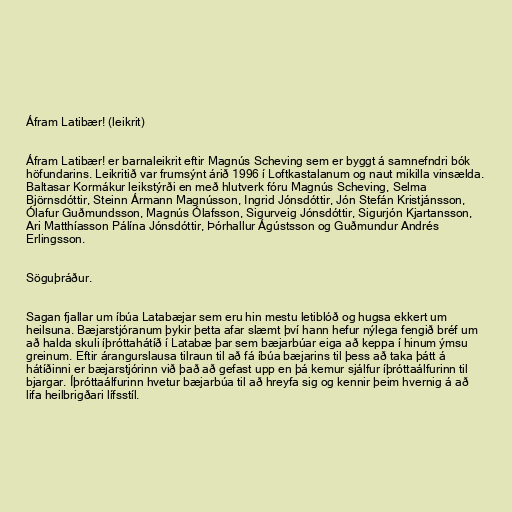
Áfram Latibær! (leikrit)

Áfram Latibær! er barnaleikrit eftir Magnús Scheving sem er byggt á samnefndri bók
höfundarins. Leikritið var frumsýnt árið 1996 í Loftkastalanum og naut mikilla vinsælda.
Baltasar Kormákur leikstýrði en með hlutverk fóru Magnús Scheving, Selma
Björnsdóttir, Steinn Ármann Magnússon, Ingrid Jónsdóttir, Jón Stefán Kristjánsson,
Ólafur Guðmundsson, Magnús Ólafsson, Sigurveig Jónsdóttir, Sigurjón Kjartansson,
Ari Matthíasson Pálína Jónsdóttir, Þórhallur Ágústsson og Guðmundur Andrés
Erlingsson.

Söguþráður.

Sagan fjallar um íbúa Latabæjar sem eru hin mestu letiblóð og hugsa ekkert um
heilsuna. Bæjarstjóranum þykir þetta afar slæmt því hann hefur nýlega fengið bréf um
að halda skuli íþróttahátíð í Latabæ þar sem bæjarbúar eiga að keppa í hinum ýmsu
greinum. Eftir árangurslausa tilraun til að fá íbúa bæjarins til þess að taka þátt á
hátíðinni er bæjarstjórinn við það að gefast upp en þá kemur sjálfur íþróttaálfurinn til
bjargar. Íþróttaálfurinn hvetur bæjarbúa til að hreyfa sig og kennir þeim hvernig á að
lifa heilbrigðari lífsstíl.